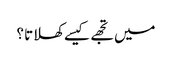
میں تجھے کیسے کھلاتا ؟